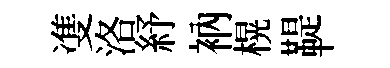
㕠洛紓衲榥鞮